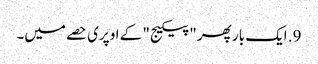
9. ایک بار پھر "پیکیج" کے اوپری حصے میں۔